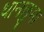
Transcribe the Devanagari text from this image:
थानछुमा